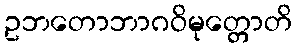
ဥဘတောဘာဂဝိမုတ္တောတိ